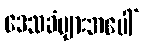
ဒေသခံများအပေါ်